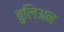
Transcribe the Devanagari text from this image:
बुलिअन